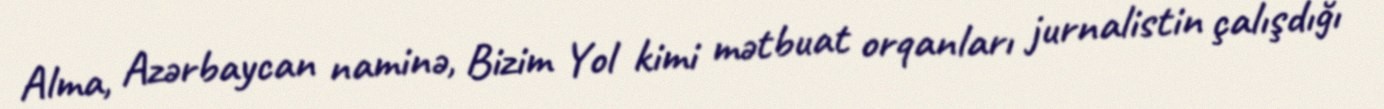
Alma, Azərbaycan naminə, Bizim Yol kimi mətbuat orqanları jurnalistin çalışdığı